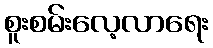
စူးစမ်းလေ့လာရေး